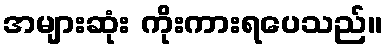
အများဆုံး ကိုးကားရပေသည်။